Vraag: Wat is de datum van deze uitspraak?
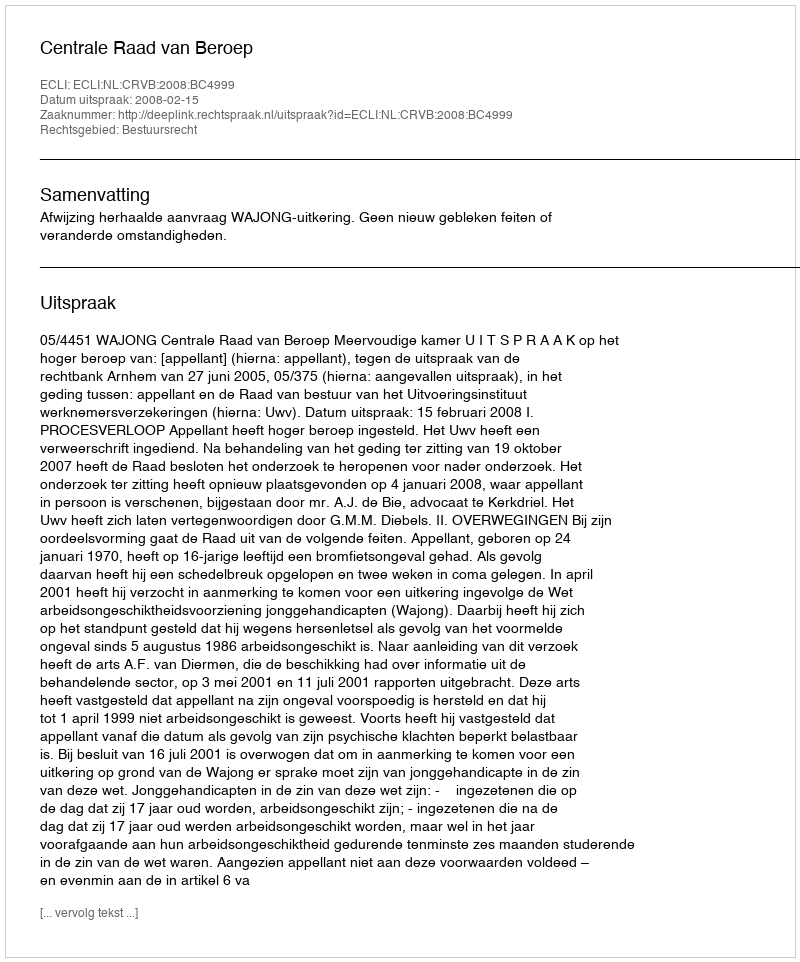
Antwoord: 2008-02-15